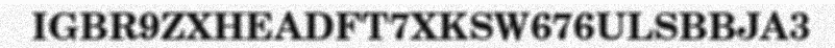
IGBR9ZXHEADFT7XKSW676ULSBBJA3